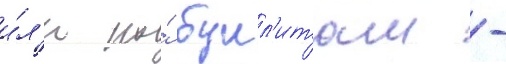
и́л'и по́ булл'итам -